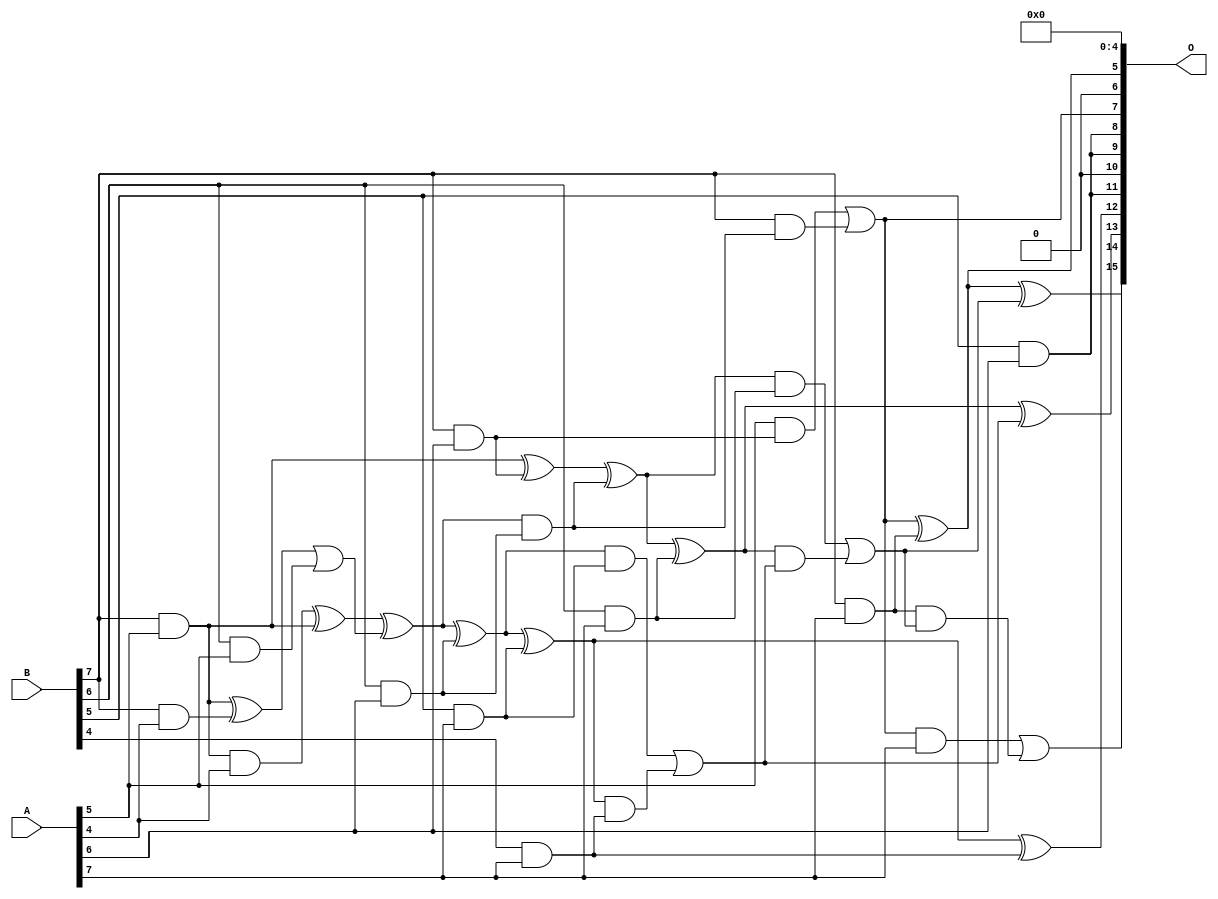
/***
* This code is a part of EvoApproxLib library (ehw.fit.vutbr.cz/approxlib) distributed under The MIT License.
* When used, please cite the following article(s): V. Mrazek, R. Hrbacek, Z. Vasicek and L. Sekanina, "EvoApprox8b: Library of approximate adders and multipliers for circuit design and benchmarking of approximation methods". Design, Automation & Test in Europe Conference & Exhibition (DATE), 2017, Lausanne, 2017, pp. 258-261. doi: 10.23919/DATE.2017.7926993 
* This file contains a circuit from a sub-set of pareto optimal circuits with respect to the pwr and mse parameters
***/
// MAE% = 2.28 %
// MAE = 1491 
// WCE% = 9.08 %
// WCE = 5953 
// WCRE% = 100.00 %
// EP% = 99.16 %
// MRE% = 28.42 %
// MSE = 33959.043e2 
// PDK45_PWR = 0.031 mW
// PDK45_AREA = 96.7 um2
// PDK45_DELAY = 0.53 ns

module mul8u_18DU (
    A,
    B,
    O
);

input [7:0] A;
input [7:0] B;
output [15:0] O;

wire sig_118,sig_163,sig_196,sig_197,sig_207,sig_208,sig_240,sig_241,sig_244,sig_251,sig_252,sig_253,sig_281,sig_282,sig_286,sig_287,sig_288,sig_289,sig_290,sig_295;
wire sig_296,sig_297,sig_298,sig_321,sig_322,sig_323,sig_324,sig_325,sig_326,sig_327,sig_328,sig_329,sig_330,sig_331,sig_332,sig_333,sig_334,sig_335;

assign sig_118 = B[7] & A[5];
assign sig_163 = B[7] & A[4];
assign sig_196 = sig_118 ^ sig_163;
assign sig_197 = sig_118 & A[4];
assign sig_207 = B[6] & A[5];
assign sig_208 = B[7] & A[5];
assign sig_240 = sig_196 | sig_207;
assign sig_241 = sig_197 ^ sig_208;
assign sig_244 = sig_241 ^ sig_240;
assign sig_251 = B[5] & A[6];
assign sig_252 = B[6] & A[6];
assign sig_253 = B[7] & A[6];
assign sig_281 = sig_244 ^ sig_252;
assign sig_282 = sig_244 & sig_252;
assign sig_286 = sig_208 ^ sig_253;
assign sig_287 = A[5] & sig_253;
assign sig_288 = B[7] & sig_282;
assign sig_289 = sig_286 ^ sig_282;
assign sig_290 = sig_287 | sig_288;
assign sig_295 = B[4] & A[7];
assign sig_296 = B[5] & A[7];
assign sig_297 = B[6] & A[7];
assign sig_298 = B[7] & A[7];
assign sig_321 = sig_281 ^ sig_296;
assign sig_322 = sig_281 & sig_296;
assign sig_323 = sig_321 & sig_295;
assign sig_324 = sig_321 ^ sig_295;
assign sig_325 = sig_322 | sig_323;
assign sig_326 = sig_289 ^ sig_297;
assign sig_327 = sig_289 & sig_297;
assign sig_328 = sig_326 & sig_325;
assign sig_329 = sig_326 ^ sig_325;
assign sig_330 = sig_327 | sig_328;
assign sig_331 = sig_290 ^ sig_298;
assign sig_332 = sig_290 & A[7];
assign sig_333 = sig_298 & sig_330;
assign sig_334 = sig_331 ^ sig_330;
assign sig_335 = sig_332 | sig_333;

assign O[15] = sig_335;
assign O[14] = sig_334;
assign O[13] = sig_329;
assign O[12] = sig_324;
assign O[11] = sig_251;
assign O[10] = 1'b0;
assign O[9] = sig_251;
assign O[8] = sig_251;
assign O[7] = sig_290;
assign O[6] = 1'b0;
assign O[5] = sig_331;
assign O[4] = 1'b0;
assign O[3] = 1'b0;
assign O[2] = 1'b0;
assign O[1] = 1'b0;
assign O[0] = 1'b0;

endmodule